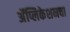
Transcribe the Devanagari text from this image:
अॅप्लिकेशनचा